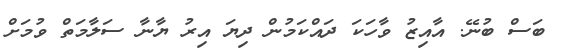
ބަސް ބުނޭ. އާއިޒު ވާހަކަ ދައްކަމުން ދިޔަ އިރު ޔާނާ ސަލާމަތް ވުމަށް